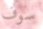
سوف